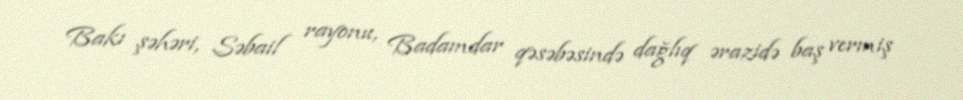
Bakı şəhəri, Səbail rayonu, Badamdar qəsəbəsində dağlıq ərazidə baş vermiş